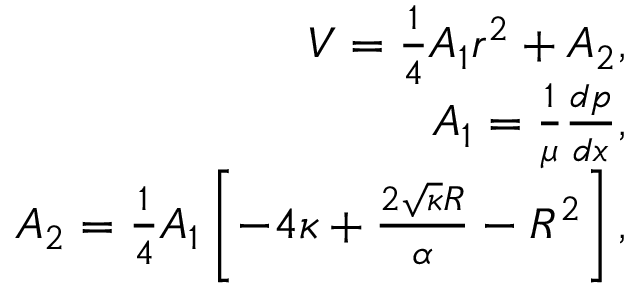
\begin{array} { r } { V = \frac { 1 } { 4 } A _ { 1 } r ^ { 2 } + A _ { 2 } , } \\ { A _ { 1 } = \frac { 1 } { \mu } \frac { d p } { d x } , } \\ { A _ { 2 } = \frac { 1 } { 4 } A _ { 1 } \left[ - 4 \kappa + \frac { 2 \sqrt { \kappa } R } { \alpha } - R ^ { 2 } \right] , } \end{array}